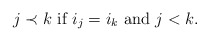
\begin{align*}\mbox{$j \prec k$ if $i_j = i_k$ and $j<k$.}\end{align*}